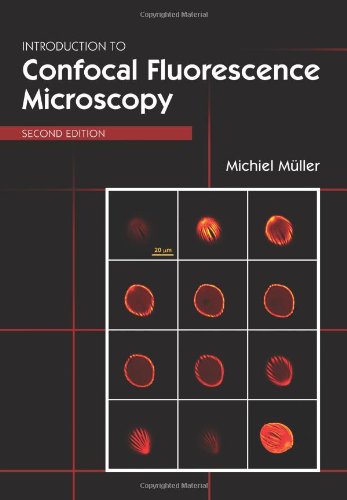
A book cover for Introduction to Confocal Fluorescence Microscopy, Second Edition (SPIE Tutorial Texts in Optical Engineering Vol. TT69); Michiel Mueller; Science & Math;